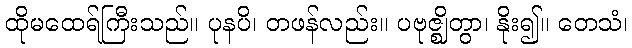
ထိုမထေရ်ကြီးသည်။ ပုနပိ၊ တဖန်လည်း။ ပဗုဇ္ဈိတွာ၊ နိုး၍။ တေသံ၊